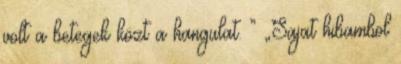
volt a betegek közt a hangulat. ” „Sajat hibambol